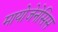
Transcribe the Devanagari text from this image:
मायोजेनेसिस